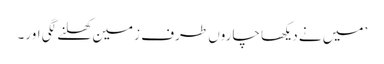
’میں نے دیکھا چاروں طرف زمین کھلنے لگی اور۔